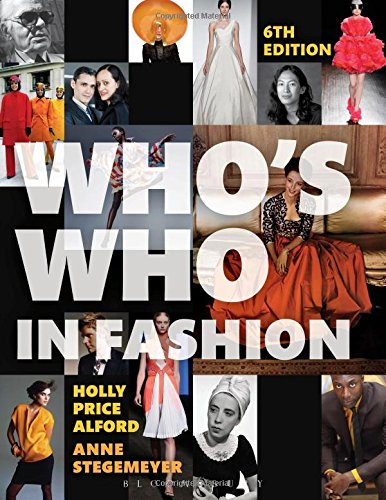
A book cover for Who's Who in Fashion; Holly Price Alford; Arts & Photography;